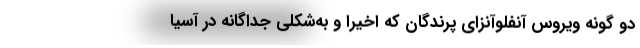
دو گونه ویروس آنفلوآنزای پرندگان که اخیرا و به‌شکلی جداگانه در آسیا